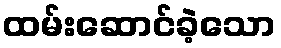
ထမ်းဆောင်ခဲ့သော